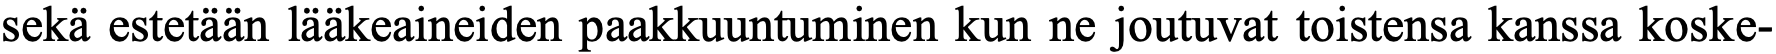
sekä estetään lääkeaineiden paakkuuntuminen kun ne joutuvat toistensa kanssa koske-